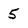
Character: 5